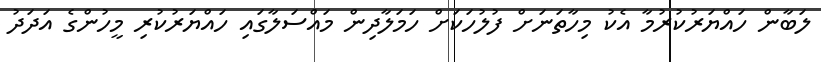
ލަބާން ހައްޔަރުކުރުމާ އެކު މިހާތަނަށް ފުލުހަކަށް ހަމަލާދިން މައްސަލާގައި ހައްޔަރުކުރި މީހުންގެ އަދަދު